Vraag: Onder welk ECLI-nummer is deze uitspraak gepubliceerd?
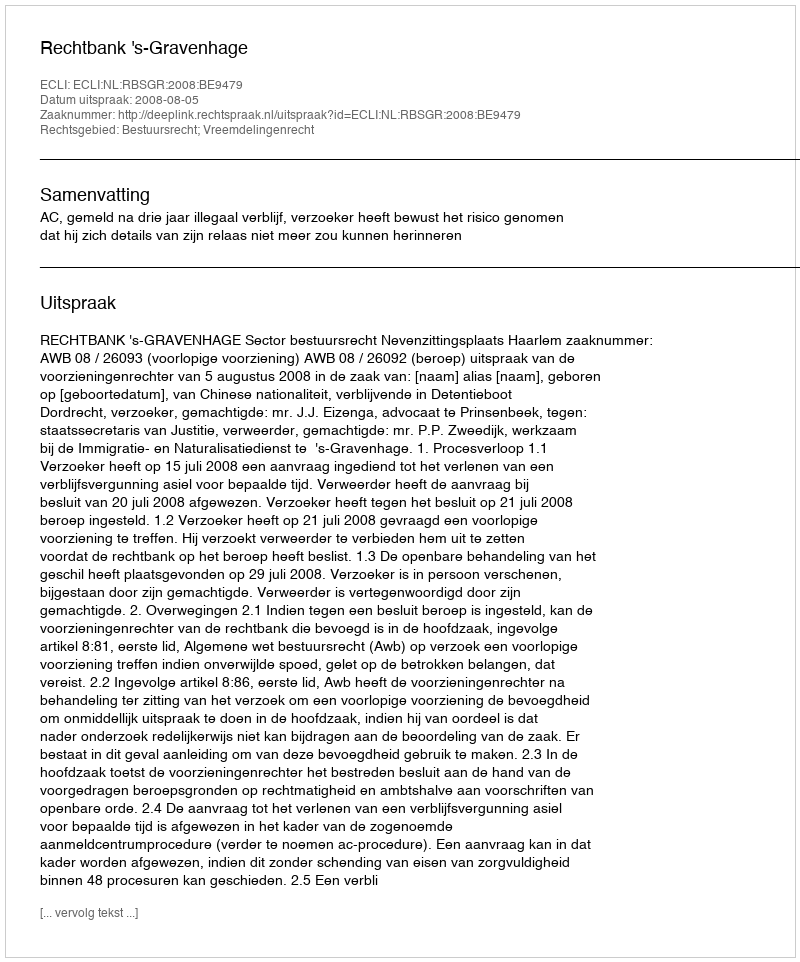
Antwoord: ECLI:NL:RBSGR:2008:BE9479